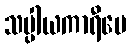
သပ္ပါယကာရီပေ